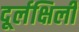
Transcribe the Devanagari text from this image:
दूर्लक्षिली